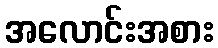
အလောင်းအစား